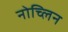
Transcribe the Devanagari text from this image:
नोच्लिन